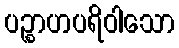
ပဉ္စာဟပရိဝါသော